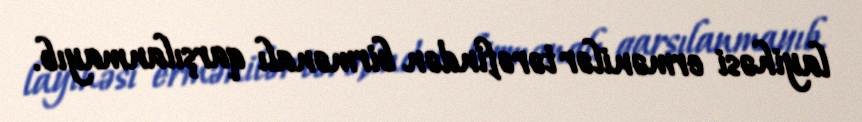
layihəsi ermənilər tərəfindən birmənalı qarşılanmayıb.